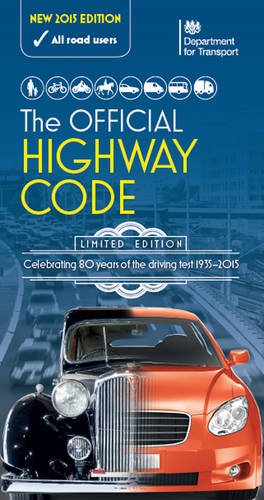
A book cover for The Official Highway Code 2015; Driver and Vehicle Standards Agency (DVSA); Test Preparation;